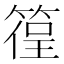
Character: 𥰈